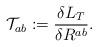
LaTeX: \begin{align*}{\cal T}_{ab}:=\frac{\delta {L}_{T}}{\delta R^{ab}}.\end{align*}